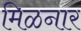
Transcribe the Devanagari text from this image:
मिळनार